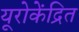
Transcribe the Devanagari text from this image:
यूरोकेंद्रित